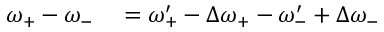
\begin{array} { r l } { \omega _ { + } - \omega _ { - } } & { { } = \omega _ { + } ^ { \prime } - \Delta \omega _ { + } - \omega _ { - } ^ { \prime } + \Delta \omega _ { - } } \end{array}